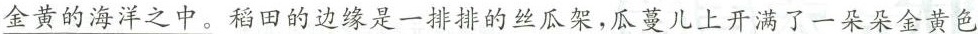
\underline{金黄的海洋之中}稻田的边缘是一排排的丝瓜架，瓜蔓儿上开满了一朵朵金黄色